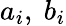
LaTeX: a_{i},~b_{i}